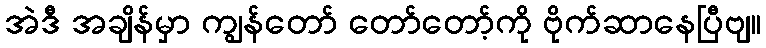
အဲဒီ အချိန်မှာ ကျွန်တော် တော်တော့်ကို ဗိုက်ဆာနေပြီဗျ။